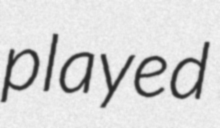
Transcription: played